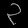
Digit: ၃